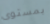
بمستوى